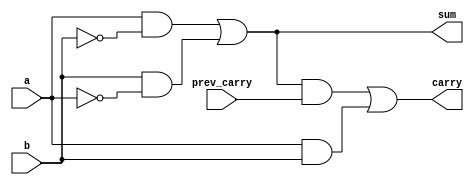
`timescale 1ns / 1ps

module full_adder_1_bit(a,b,prev_carry,sum,carry);

    input a,b,prev_carry;
    output sum, carry;
	 wire w0,w1,w2,w3;
	 and(w0,a,~b);
	 and(w1,b,~a);
	 and(w3,a, b);
	 and(w2,sum, prev_carry);
	 or(sum,w0,w1);
	 or(carry, w2,w3);

endmodule

module rca_4_bit(n1, n2, ci, sum, pc4); 
    
   input [3:0]n1;
   input [3:0]n2;
   input ci;
   output pc4;
   output [3:0]sum;
  
   wire pc1;
   wire pc2;
   wire pc3;
    
full_adder_1_bit g1(n1[0],n2[0],ci,sum[0],pc1);
full_adder_1_bit g2(n1[1],n2[1],pc1,sum[1],pc2);
full_adder_1_bit g3(n1[2],n2[2],pc2,sum[2],pc3);
full_adder_1_bit g4(n1[3],n2[3],pc3,sum[3],pc4);


endmodule